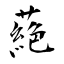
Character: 蕝